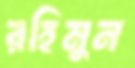
রহিমুন